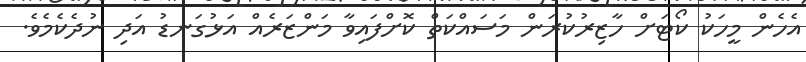
އެހެން މީހަކު ކޯޓަށް ހާޒިރުކުރަން މަސައްކަތް ކޮށްފައިވާ މަންޒަރެއް އަޅުގަނޑު އަދި ނުދެކެމެވެ.